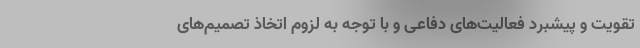
تقویت و پیشبرد فعالیت‌های دفاعی و با توجه به لزوم اتخاذ تصمیم‌های